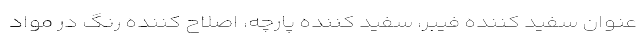
عنوان سفید کننده فیبر، سفید کننده پارچه، اصلاح کننده رنگ در مواد